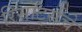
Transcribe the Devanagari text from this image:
रिसॉर्ट्सचे